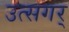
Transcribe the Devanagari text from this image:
उत्सगर्